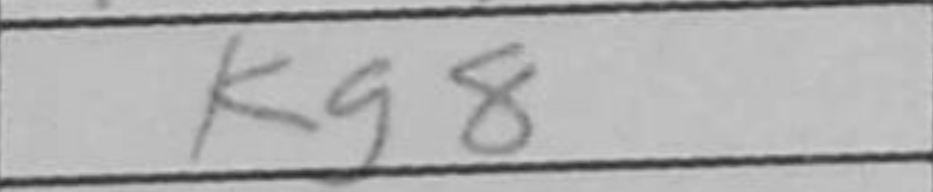
Transcription: Kg8